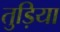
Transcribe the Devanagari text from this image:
तुड़िया